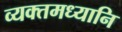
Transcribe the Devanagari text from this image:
व्यक्तमध्यानि